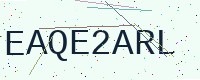
Text: EAQE2ARL